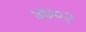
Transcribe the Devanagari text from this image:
४७०२